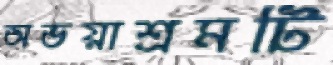
অভয়াশ্রমটি